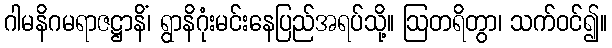
ဂါမနိဂမရာဇဋ္ဌာနိံ၊ ရွာနိဂုံးမင်းနေပြည်အရပ်သို့။ ဩတရိတွာ၊ သက်ဝင်၍။